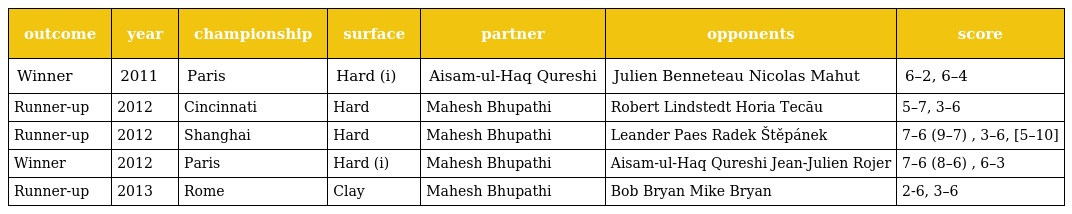
| outcome | year | championship | surface | partner | opponents | score |
 | --- | --- | --- | --- | --- | --- | --- |
 | Winner | 2011 | Paris | Hard (i) | Aisam-ul-Haq Qureshi | Julien Benneteau Nicolas Mahut | 6–2, 6–4 |
 | Runner-up | 2012 | Cincinnati | Hard | Mahesh Bhupathi | Robert Lindstedt Horia Tecău | 5–7, 3–6 |
 | Runner-up | 2012 | Shanghai | Hard | Mahesh Bhupathi | Leander Paes Radek Štěpánek | 7–6 (9–7) , 3–6, [5–10] |
 | Winner | 2012 | Paris | Hard (i) | Mahesh Bhupathi | Aisam-ul-Haq Qureshi Jean-Julien Rojer | 7–6 (8–6) , 6–3 |
 | Runner-up | 2013 | Rome | Clay | Mahesh Bhupathi | Bob Bryan Mike Bryan | 2-6, 3–6 |